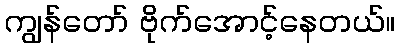
ကျွန်တော် ဗိုက်အောင့်နေတယ်။